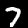
Label: 7